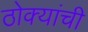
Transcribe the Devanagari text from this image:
ठोक्यांची